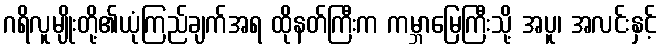
ဂရိလူမျိုးတို့၏ယုံကြည်ချက်အရ ထိုနတ်ကြီးက ကမ္ဘာမြေကြီးသို့ အပူ၊ အလင်းနှင့်